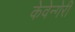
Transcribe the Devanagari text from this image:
केवेन्गेरी